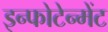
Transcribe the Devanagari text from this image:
इन्फोटेन्मेंट